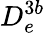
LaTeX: D_{e}^{3b}